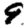
Digit: 9